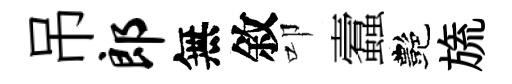
吊郎無敘叩蠧艷旒